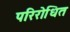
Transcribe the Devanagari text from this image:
परिरोधित